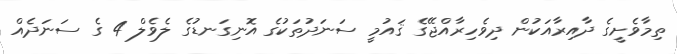
ތިމާވެށީގެ ދާއިރާއަކުން ދިވެހިރާއްޖޭގެ ޤައުމީ ސަނަދުތަކުގެ އޮނިގަނޑުގެ ލެވެލް 4 ގެ ސަނަދެއް